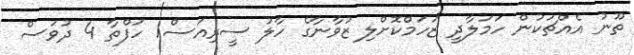
ތޫނު އެއްޗަކުން ހަމަލާދީ ޒަހަމްކޮށްލި ޒުވާނާގެ ހާލު ސީރިއަސް1 ހަފްތާ 4 ދުވަސް